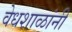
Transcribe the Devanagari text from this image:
वेधशाळांनी